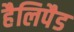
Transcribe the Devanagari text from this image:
हैलिपैड